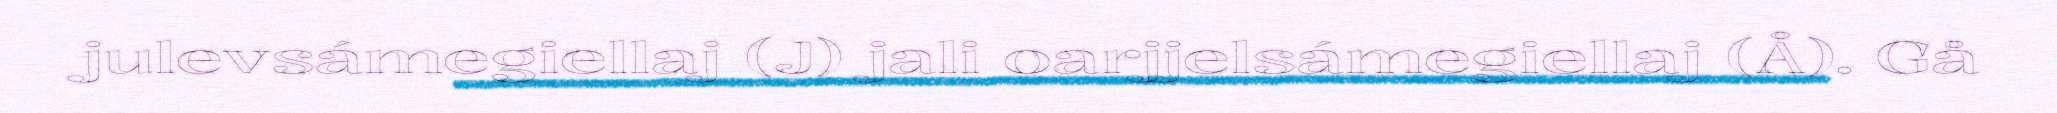
julevsámegiellaj (J) jali oarjjelsámegiellaj (Å). Gå